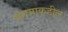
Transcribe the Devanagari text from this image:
संगमाकडील